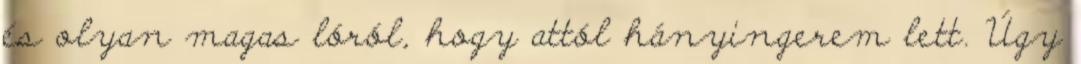
és olyan magas lóról, hogy attól hányingerem lett. Úgy